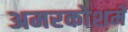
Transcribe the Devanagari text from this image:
अमरकोशमें